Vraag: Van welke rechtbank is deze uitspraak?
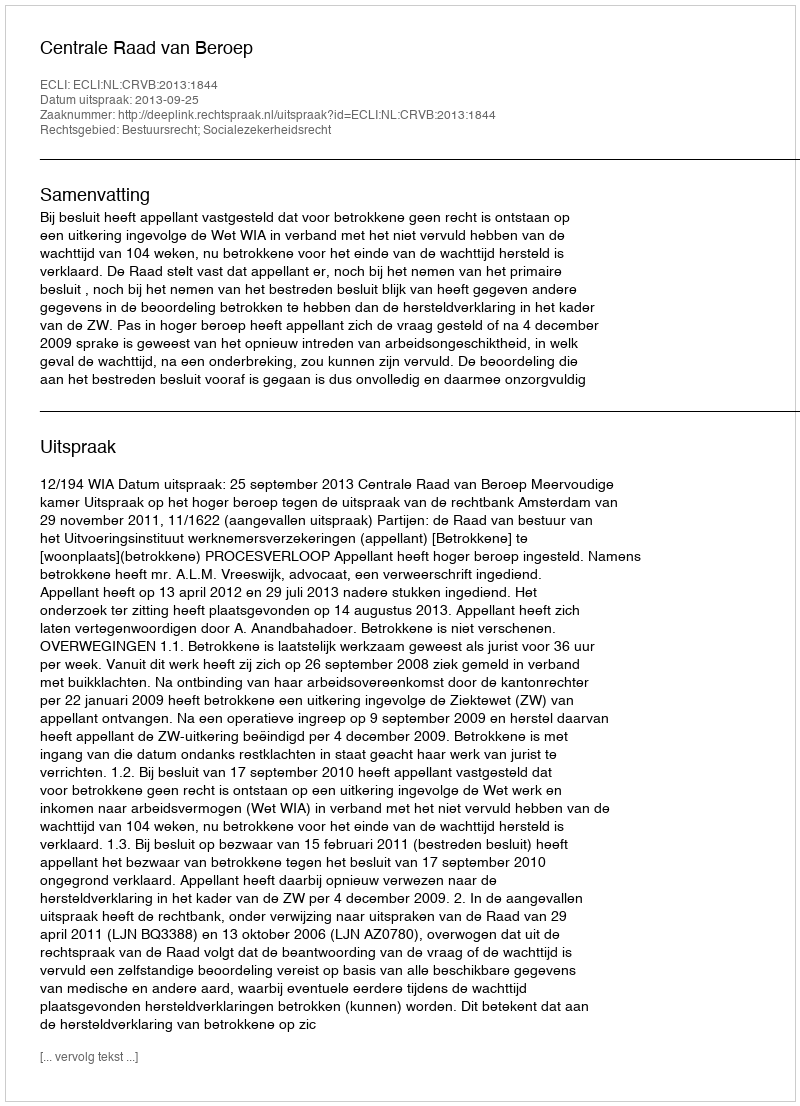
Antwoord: Centrale Raad van Beroep